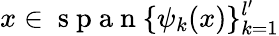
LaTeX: x\in\mathrm{~s~p~a~n~}\{ \psi_{k}(x)\} _{k=1}^{l^{\prime}}